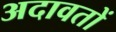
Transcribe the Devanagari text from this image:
अदावतों